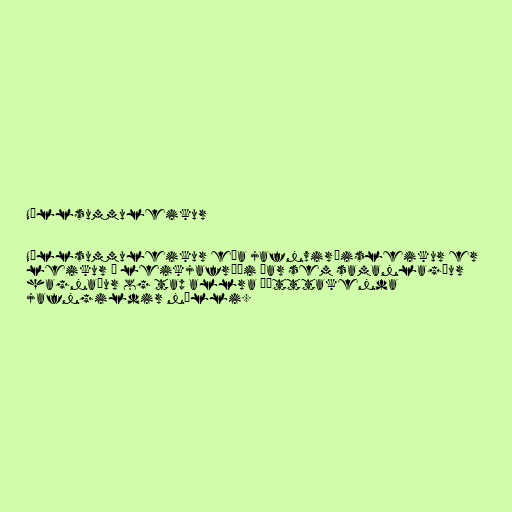
Núllsummuleikur

Núllsummuleikur eða jafnvirðisleikur er
leikur í leikjafræði þar sem samanlagður
hagnaður og tap allra þátttakenda
jafngildir núlli.